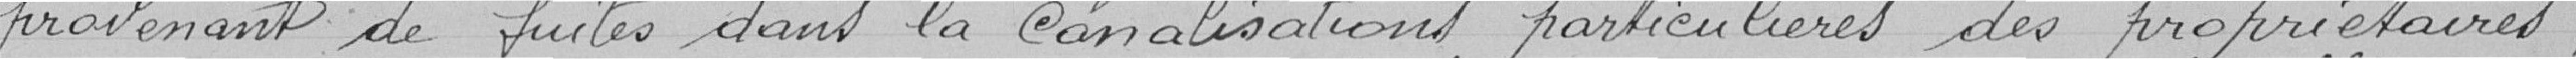
provenant de fuites dans les canalisations particulières des propriétaires,